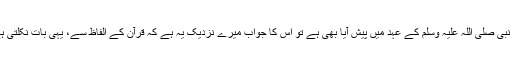
ایک سوال کا جواب: رہا یہ سوال کہ اس طرح کا کوئی واقعہ نبی صلی اللہ علیہ وسلم کے عہد میں پیش آیا بھی ہے تو اس کا جواب میرے نزدیک یہ ہے کہ قرآن کے الفاظ سے، یہی بات نکلتی ہے کہ یہ پیش آیا اور حدیثوں سے بھی اس کی تائید ہوتی ہے۔